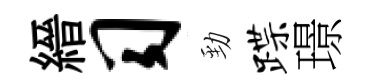
縉习勁蹀璟